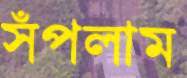
সঁপলাম